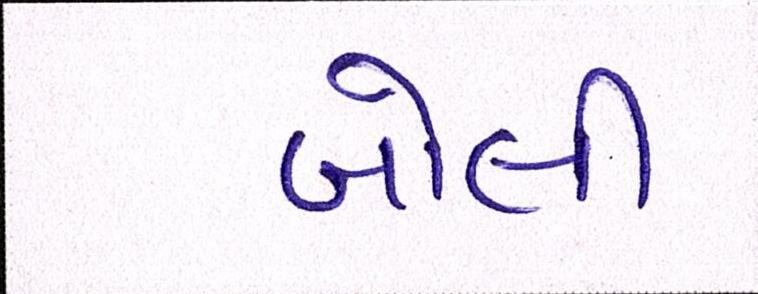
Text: બોલી